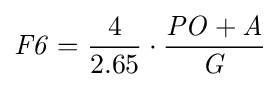
{\mathit {F6}}={4 \over 2.65}\cdot {{\mathit {PO}}+{\mathit {A}} \over {\mathit {G}}}